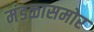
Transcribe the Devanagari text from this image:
मंडळासमोर